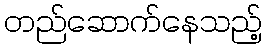
တည်ဆောက်နေသည့်